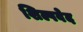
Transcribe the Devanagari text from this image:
शिल्पवेद